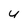
Character: u